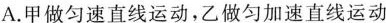
A.甲做匀速直线运动，乙做匀加速直线运动